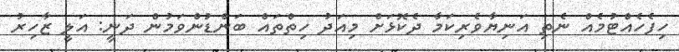
ހިފެހެއްޓުމެއް ނެތި އަނިޔާވެރިކަމާ ދެކޮޅަށް މިއަދު ހިތްތައް ބަންޑުންވަމުން ދަނީ: އަލީ ޒާހިރު